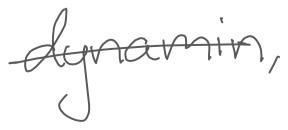
Text: dynamin,
Cross-out: single-line
Writing tool: digital_gray